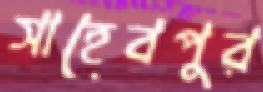
সাহেবপুর